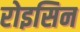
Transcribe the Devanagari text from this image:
रोइसिन